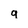
Character: g